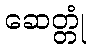
ဆေတ္တုံ